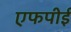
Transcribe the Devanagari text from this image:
एफपीई